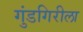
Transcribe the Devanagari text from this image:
गुंडगिरीला